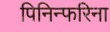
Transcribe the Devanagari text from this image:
पिनिन्फरिना